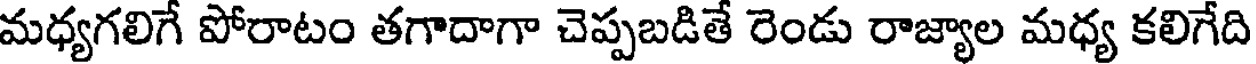
మధ్యగలిగే పోరాటం తగాదాగా చెప్పబడితే రెండు రాజ్యాల మధ్య కలిగేది